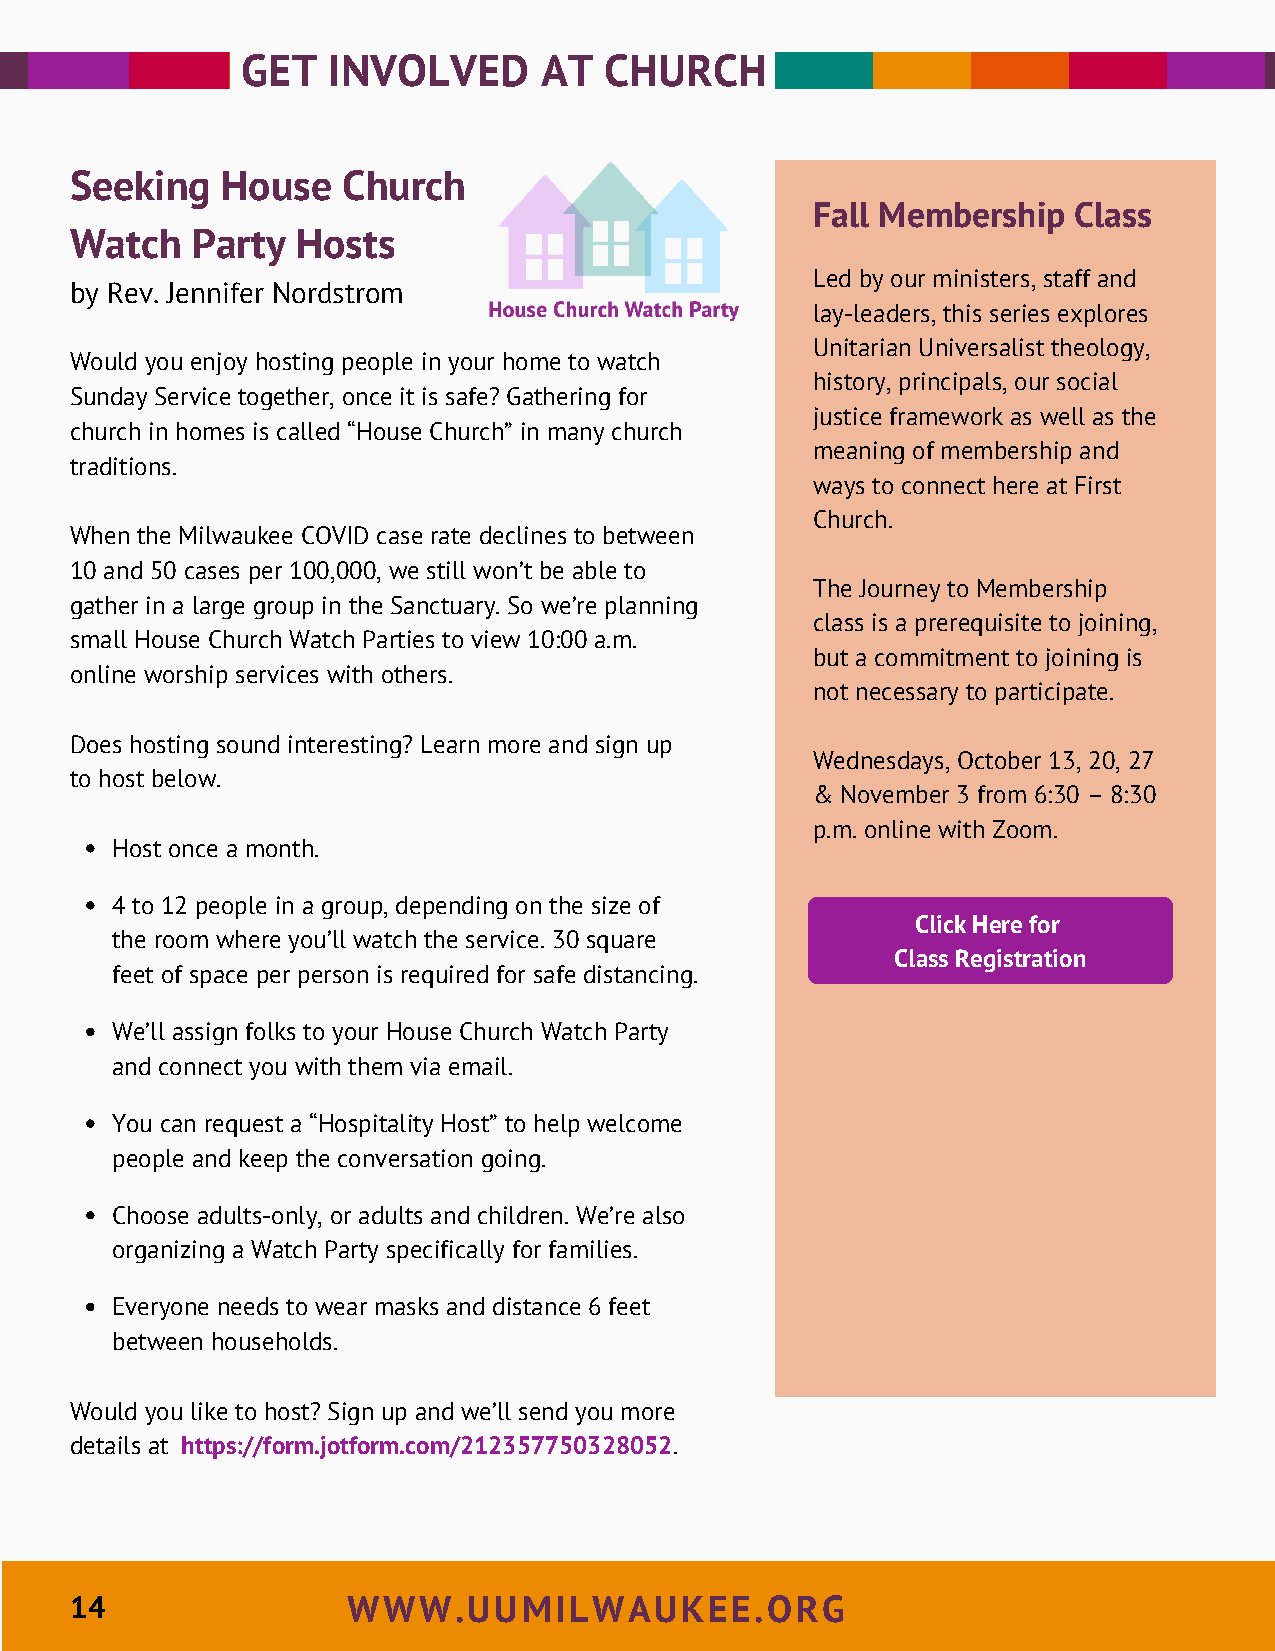
GET   INVOLVED      AT  CHURCH
 Seeking   House   Church
 Fall Membership  Class
 Watch   Party  Hosts
 Led by our ministers, staff and
 by Rev. Jennifer Nordstrom
 lay-leaders, this series explores
 Unitarian Universalist theology,
 Would you enjoy hosting people in your home to watch
 history, principals, our social
 Sunday Service together, once it is safe? Gathering for
 justice framework as well as the
 church in homes is called “House Church” in many church
 meaning of membership and
 traditions.
 ways to connect here at First
 Church.
 When the Milwaukee COVID case rate declines to between
 10 and 50 cases per 100,000, we still won’t be able to
 The Journey to Membership
 gather in a large group in the Sanctuary. So we’re planning
 class is a prerequisite to joining,
 small House Church Watch Parties to view 10:00 a.m.
 but a commitment to joining is
 online worship services with others.
 not necessary to participate.
 Does hosting sound interesting? Learn more and sign up
 Wednesdays, October 13, 20, 27
 to host below.
 & November 3 from 6:30 – 8:30
 p.m. online with Zoom.
 Host once a month.
 4 to 12 people in a group, depending on the size of
 Click Here for
 the room where you’ll watch the service. 30 square
 Class Registration
 feet of space per person is required for safe distancing.
 We’ll assign folks to your House Church Watch Party
 and connect you with them via email.
 You can request a “Hospitality Host” to help welcome
 people and keep the conversation going.
 Choose adults-only, or adults and children. We’re also
 organizing a Watch Party specifically for families.
 Everyone needs to wear masks and distance 6 feet
 between households.
 Would you like to host? Sign up and we’ll send you more
 details at https://form.jotform.com/212357750328052.
 14                WWW.UUMILWAUKEE.ORG